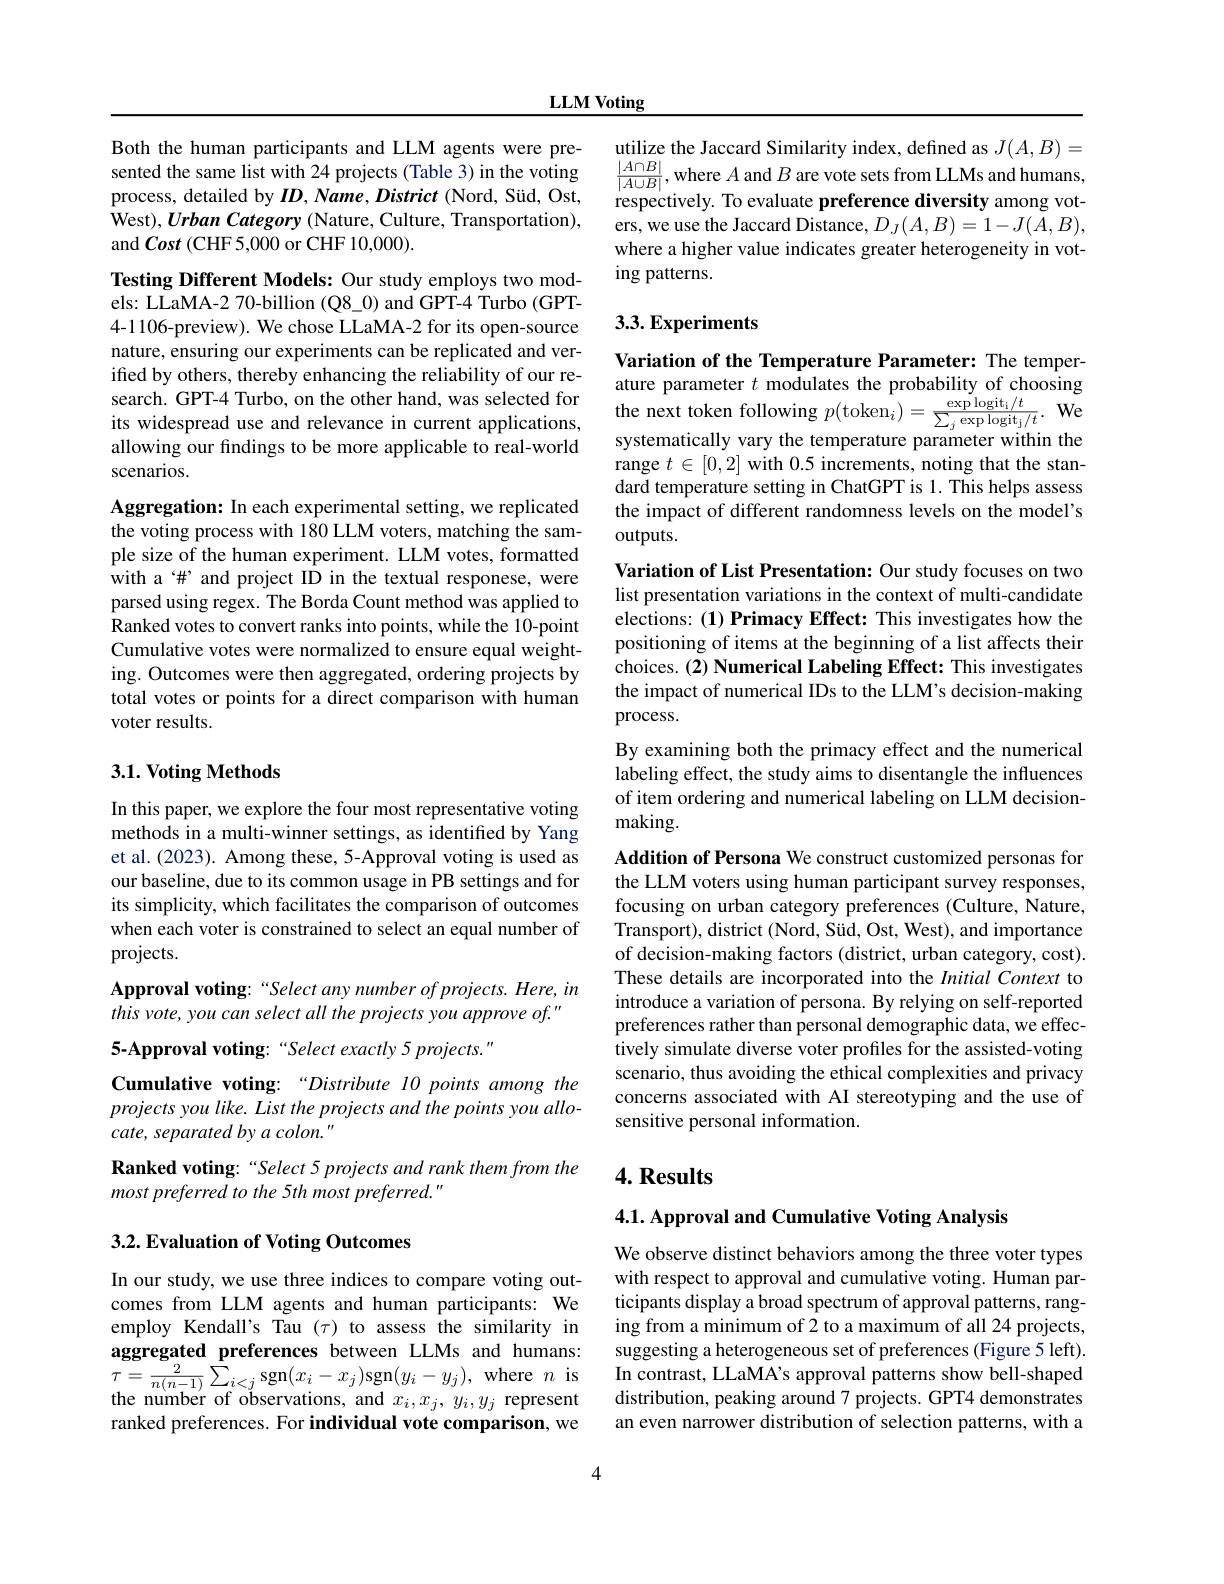
LLM Voting

Both the human participants and LLM agents were pre- utilize the Jaccard Similarity index, defined as $J(A,B)=$sented the samene sane sentine sentine sentine sentine sentine sentine sentine sentine sentine sentine sentine sentine sente sinentine sentine
process, detailed by $ID,Name,District$ (Nord, Süd, Ost, West), Urban Category (Nature, Culture, Transportation), and Cost (CHF 5,000 or CHF 10,000).

Testing Different Models: Our study employs two models: LLaMA-2 70-billion (Q8\_0) and GPT-4 Turbo (GPT- 4-1106-preview). We chose LLaMA-2 for its open-source nature, ensuring our experiments can be replicated and verified by others, thereby enhancing the reliability of our research. GPT-4 Turbo, on the other hand, was selected for the next token following $p(\mathrm{token}_{i})=\frac{\exp\log\mathrm{it}_{i}/t}{\sum_{j}\exp\mathrm{explogit}_{i}/t}.$ Werespread use and relevance in current applications, sustematicallv varry tha temparatira parattions, weresplogit
allowing our findings to be more applicable to real-world
scenarios.

Aggregation: In each experimental setting, we replicated the voting process with 180 LLM voters, matching the sample size of the human experiment. LLM votes, formatted with a‘#’ and project ID in the textual responese, were parsed using regex. The Borda Count method was applied to Ranked votes to convert ranks into points, while the 10-point Cumulative votes were normalized to ensure equal weighting. Outcomes were then aggregated, ordering projects by total votes or points for a direct comparison with human voter results.

## $3. 1. \textbf{Voting Methods}$

In this paper, we explore the four most representative voting methods in a multi-winner settings, as identified by Yang et al. (2023). Among these, 5-Approval voting is used as our baseline, due to its common usage in PB settings and for its simplicity, which facilitates the comparison of outcomes when each voter is constrained to select an equal number of projects.
Approval voting: “Select any number of projects. Here, in
this vote, you can select all the projects you approve of."

5-Approval voting: “Select exactly 5 projects. "

Cumulative voting:“Distribute 10 points among the projects you like. List the projects and the points you allocate, separated by a colon."

Ranked voting: “Select 5 projects and rank them from the
most preferred to the 5th most preferred."

## 3.2. Evaluation of Voting Outcomes

In our study, we use three indices to compare voting outcomes from LLM agents and human participants: We employ Kendall's Tau $(\tau)$ to assess the similarity in aggregated preferences between LLMs and humans: $\tau=\frac{2}{n(n-1)}\sum_{i<j}$sgn$(x_i-x_j)$sgn$(y_i-y_j)$,where $n$ is the number of observations, and $x_i,x_j,y_i,y_j$ represent ranked preferences. For individual vote comparison, we

respectively. To evaluate preference diversity among voters, we use the Jaccard Distance, $D_J(A,B)=1-J(\dot{A},B)$, where a higher value indicates greater heterogeneity in voting patterns.

## 3.3. Experiments

Variation of the Temperature Parameter: The temperature parameter $t$ modulates the probability of choosing systematically vary the temperature parameter within the range $t\in[0,2]$ with 0.5 increments, noting that the standard temperature setting in ChatGPT is 1. This helps assess the impact of different randomness levels on the model's outputs.

Variation of List Presentation: Our study focuses on two list presentation variations in the context of multi-candidate elections: (1) Primacy Effect: This investigates how the positioning of items at the beginning of a list affects their choices. (2) Numerical Labeling Effect: This investigates the impact of numerical IDs to the LLM's decision-making process.

By examining both the primacy effect and the numerical labeling effect, the study aims to disentangle the influences of item ordering and numerical labeling on LLM decisionmaking.

Addition of Persona We construct customized personas for the LLM voters using human participant survey responses, focusing on urban category preferences (Culture, Nature, Transport), district (Nord, Süd, Ost, West), and importance of decision-making factors (district, urban category, cost). These details are incorporated into the Initial Context to introduce a variation of persona. By relying on self-reported preferences rather than personal demographic data, we effectively simulate diverse voter profiles for the assisted-voting scenario, thus avoiding the ethical complexities and privacy concerns associated with AI stereotyping and the use of sensitive personal information.

## 4. Results

4.1. Approval and Cumulative Voting Analysis

We observe distinct behaviors among the three voter types with respect to approval and cumulative voting. Human participants display a broad spectrum of approval patterns, ranging from a minimum of 2 to a maximum of all 24 projects, suggesting a heterogeneous set of preferences (Figure 5 left). In contrast, LLaMA's approval patterns show bell-shaped distribution, peaking around 7 projects. GPT4 demonstrates an even narrower distribution of selection patterns, with a

4